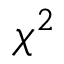
\chi ^ { 2 }